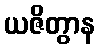
ယဇိတွာန